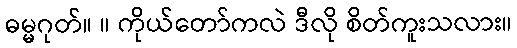
ဓမ္မဂုတ်။ ။ ကိုယ်တော်ကလဲ ဒီလို စိတ်ကူးသလား။